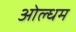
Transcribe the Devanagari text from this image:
ओल्धम